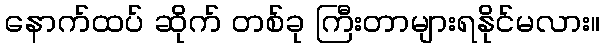
နောက်ထပ် ဆိုက် တစ်ခု ကြီးတာများရနိုင်မလား။